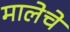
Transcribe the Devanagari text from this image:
मालेचे